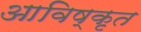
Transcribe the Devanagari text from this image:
आविष्‍कृत